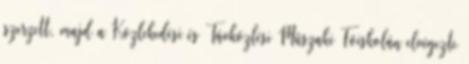
szerzett, majd a Közlekedési és Távközlési Mûszaki Fôiskolán elvégezte